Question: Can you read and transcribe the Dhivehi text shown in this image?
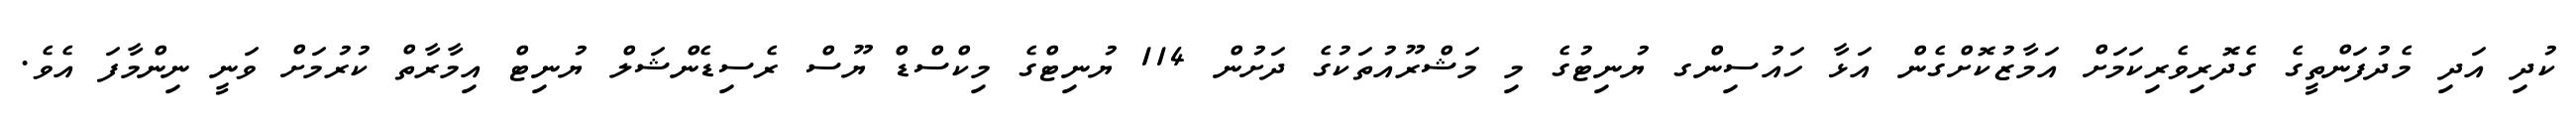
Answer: ކުދި އަދި މެދުފަންތީގެ ގެދޮރިވެރިކަމަށް އަމާޒުކޮށްގެން އަޅާ ހައުސިންގ ޔުނިޓުގެ މި މަޝްރޫއުތަކުގެ ދަށުން 114 ޔުނިޓްގެ މިކްސްޑް ޔޫސް ރެސިޑެންޝަލް ޔުނިޓް އިމާރާތް ކުރުމަށް ވަނީ ނިންމާފަ އެވެ.